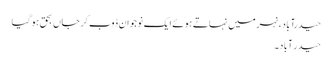
حیدرآباد، نہر میں نہاتے ہو ئے ایک نوجوان ڈوب کر جاں بحق ہو گیا
حیدر آباد۔